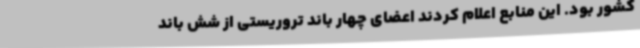
کشور بود. این منابع اعلام کردند اعضای چهار باند تروریستی از شش باند